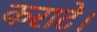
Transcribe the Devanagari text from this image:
कराटे।